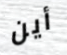
أين